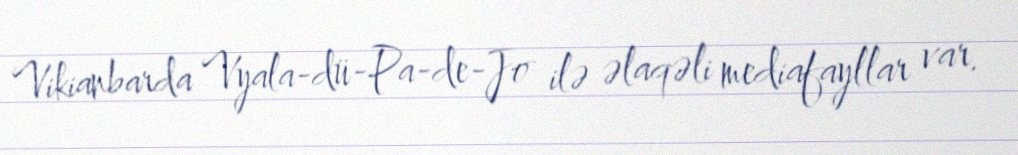
Vikianbarda Vyala-dü-Pa-de-Jo ilə əlaqəli mediafayllar var.